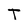
Character: T